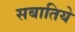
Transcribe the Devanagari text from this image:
सबातिये